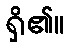
ရှိ၏။